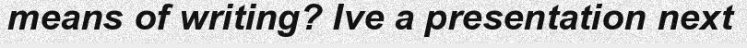
means of writing? Ive a presentation next